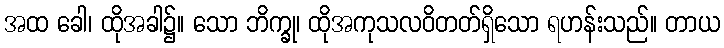
အထ ခေါ၊ ထိုအခါ၌။ သော ဘိက္ခု၊ ထိုအကုသလဝိတတ်ရှိသော ရဟန်းသည်။ တာယ